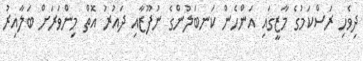
ދިވެހި ރަސްކަމުގެ މާޒީގައި އަންހެން ކަނބަލުންގެ ނުފޫޒާއި ދައުރު އޮތް މިންވަރަށް ބަލާއިރު